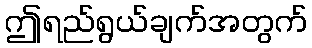
ဤရည်ရွယ်ချက်အတွက်